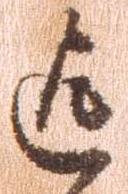
迄